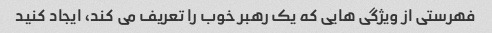
فهرستی از ویژگی هایی که یک رهبر خوب را تعریف می کند، ایجاد کنید